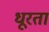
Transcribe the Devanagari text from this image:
धूरता